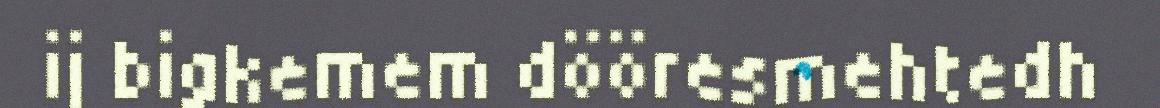
ij bigkemem dööresmehtedh